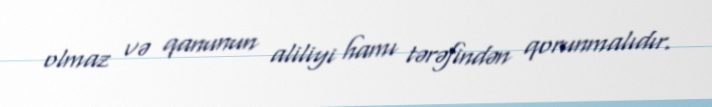
olmaz və qanunun aliliyi hamı tərəfindən qorunmalıdır.